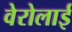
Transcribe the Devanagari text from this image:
वेरोलाई